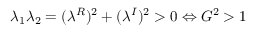
\lambda _ { 1 } \lambda _ { 2 } = ( \lambda ^ { R } ) ^ { 2 } + ( \lambda ^ { I } ) ^ { 2 } > 0 \Leftrightarrow G ^ { 2 } > 1